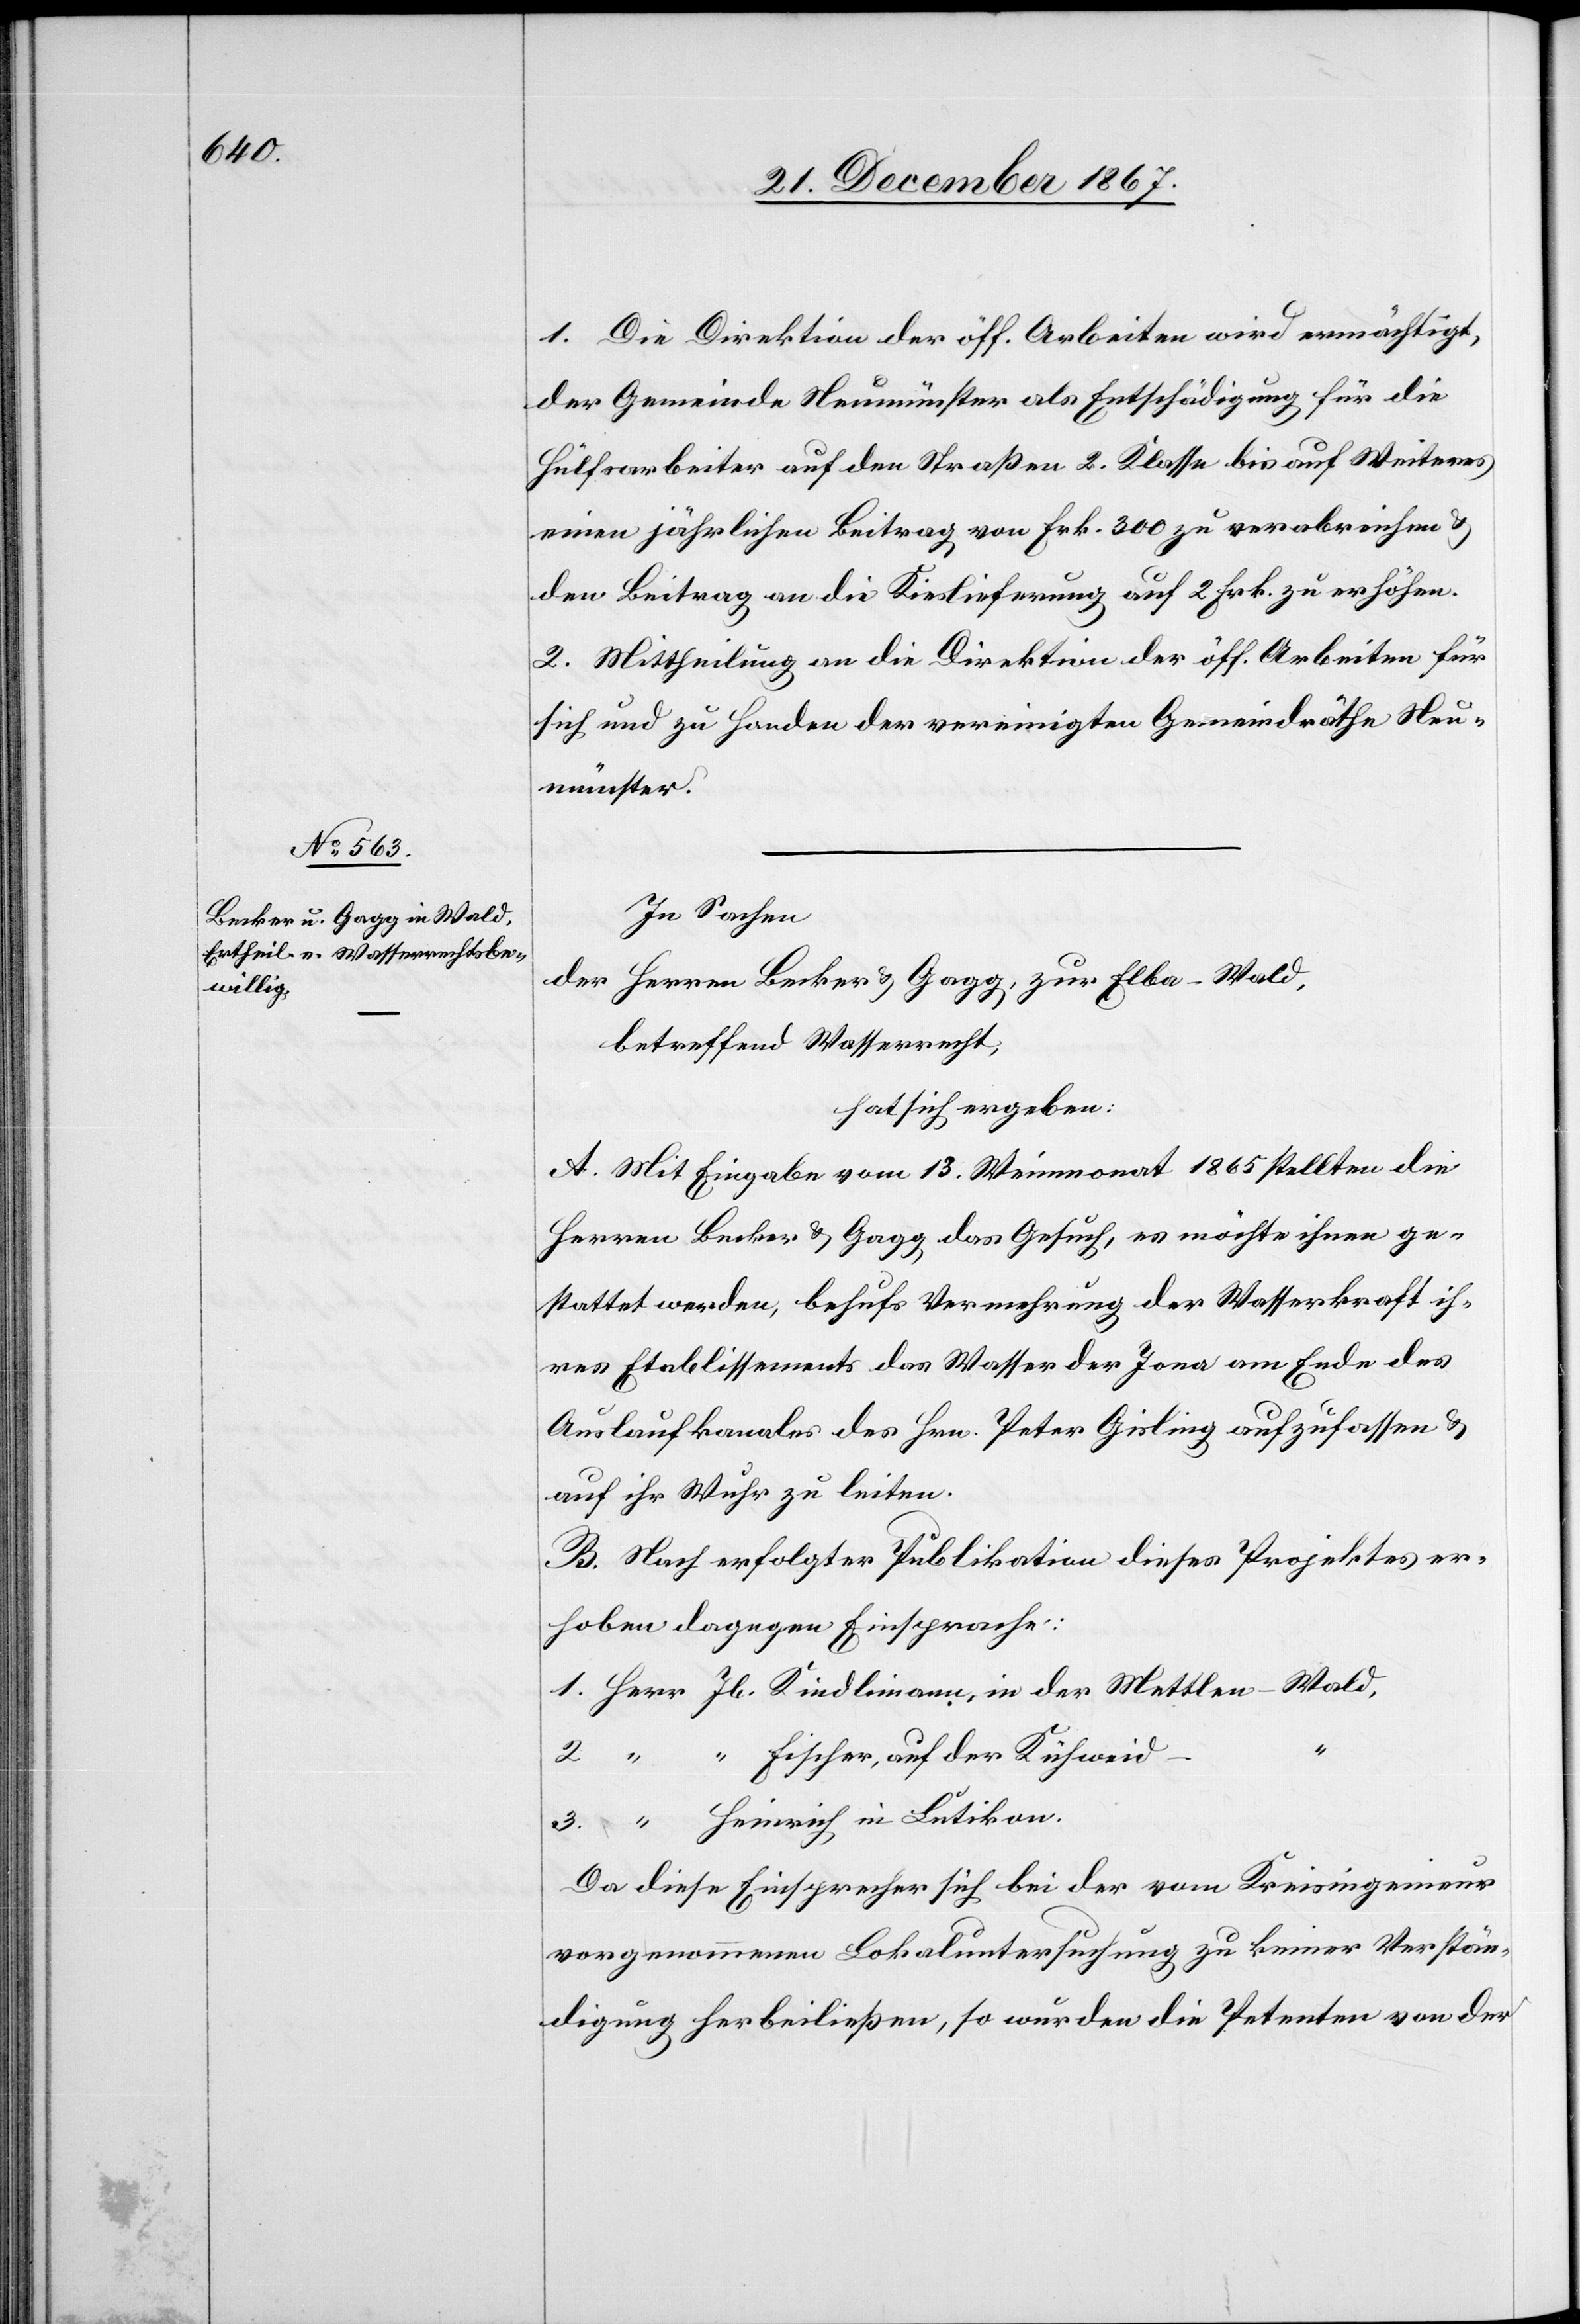
3.

1. Die Direktion der öff. Arbeiten wird ermächtigt,
der Gemeinde Neumünster als Entschädigung für die
Hülfsarbeiten auf den Straßen 2. Klasse bis auf Weiteres
einen jährlichen Beitrag von Frk. 300 zu verabreichen u.
den Beitrag an die Kieslieferung auf 2 Frk. zu erhöhen.
2. Mittheilung an die Direktion der öff. Arbeiten für
sich und zu Handen der vereinigten Gemeindräthe Neu¬
münster.
In Sachen
der Herren Becker u. Gagg, zur Elba-Wald,
betreffend Wasserrecht,
hat sich ergeben:
A. Mit Eingabe vom 13. Weinmonat 1865 stellten die
Herren Becker u. Gagg das Gesuch, es möchte ihnen ge¬
stattet werden, behufs Vermehrung der Wasserkraft ih¬
res Etablissements das Wasser der Jona am Ende des
Auslaufkanales des Hrn. Peter Gisling aufzufassen u.
auf ihr Wuhr zu leiten.
B. Nach erfolgter Publikation dieses Projektes er¬
hoben dagegen Einsprache:
Da diese Einsprecher sich bei der vom Kreisingenieur
vorgenommenen Lokaluntersuchung zu keiner Verstän¬
digung herbeiließen, so wurden die Petenten von der